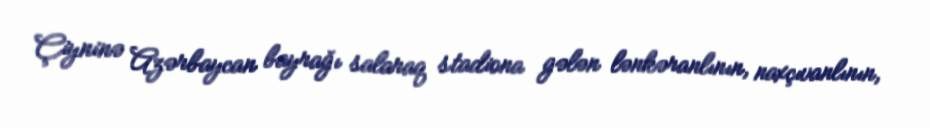
Çiyninə Azərbaycan bayrağı salaraq stadiona gələn lənkəranlının, naxçıvanlının,